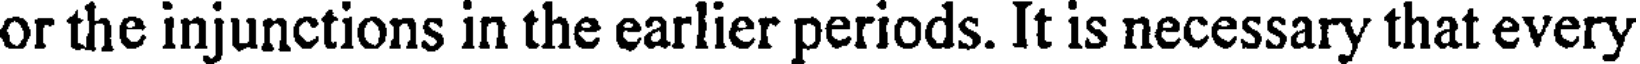
or the injunctions in the earlier periods. It is necessary that every